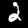
Label: 2